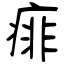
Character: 痱